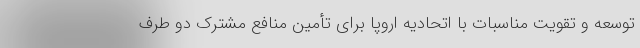
توسعه و تقویت مناسبات با اتحادیه اروپا برای تأمین منافع مشترک دو طرف